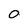
Character: O